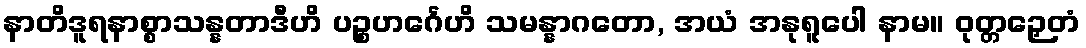
နာတိဒူရနာစ္စာသန္နတာဒီဟိ ပဉ္စဟင်္ဂေဟိ သမန္နာဂတော, အယံ အနုရူပေါ နာမ။ ဝုတ္တဉှေတံ